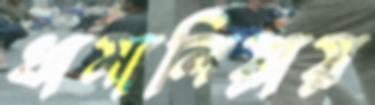
ধামালিয়ায়